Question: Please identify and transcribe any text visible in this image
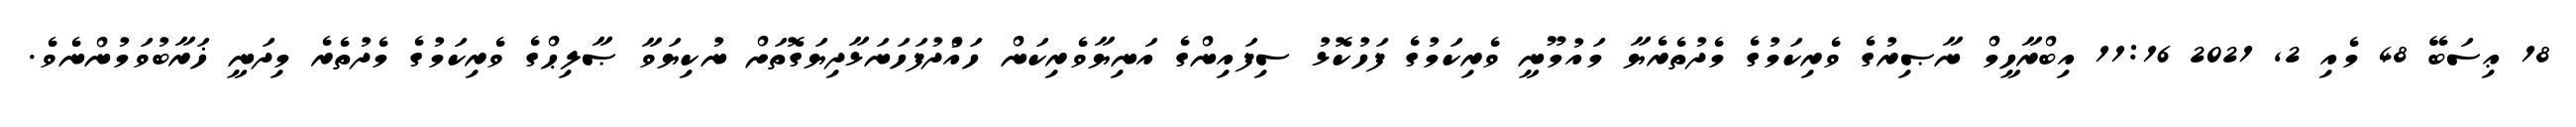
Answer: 18 ޢިސަބޭ 48 މެއި 2, 2021 11:16 އިބްރާހީމް ނާޞިރުގެ ވެރިކަމުގެ މެދުތެރެޔާ މައުމޫނީ ވެރިކަމުގެ ފަހުކޮޅު ސިފައިންގެ އަނިޔާވެރިކަން ހައްުދުފަހަނަޅާދިޔަގޮތަށް ނުކިޔަވާ ޞާލިޙްގެ ވެރިކަމުގެ މެދުތެރެ މިދަނީ ޚަރާބުވަމުންނެވެ.